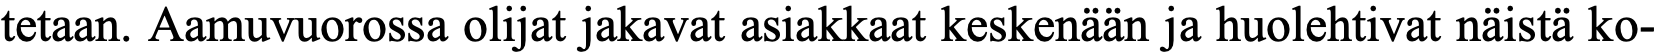
tetaan. Aamuvuorossa olijat jakavat asiakkaat keskenään ja huolehtivat näistä ko-